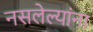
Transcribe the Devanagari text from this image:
नसलेल्यांना